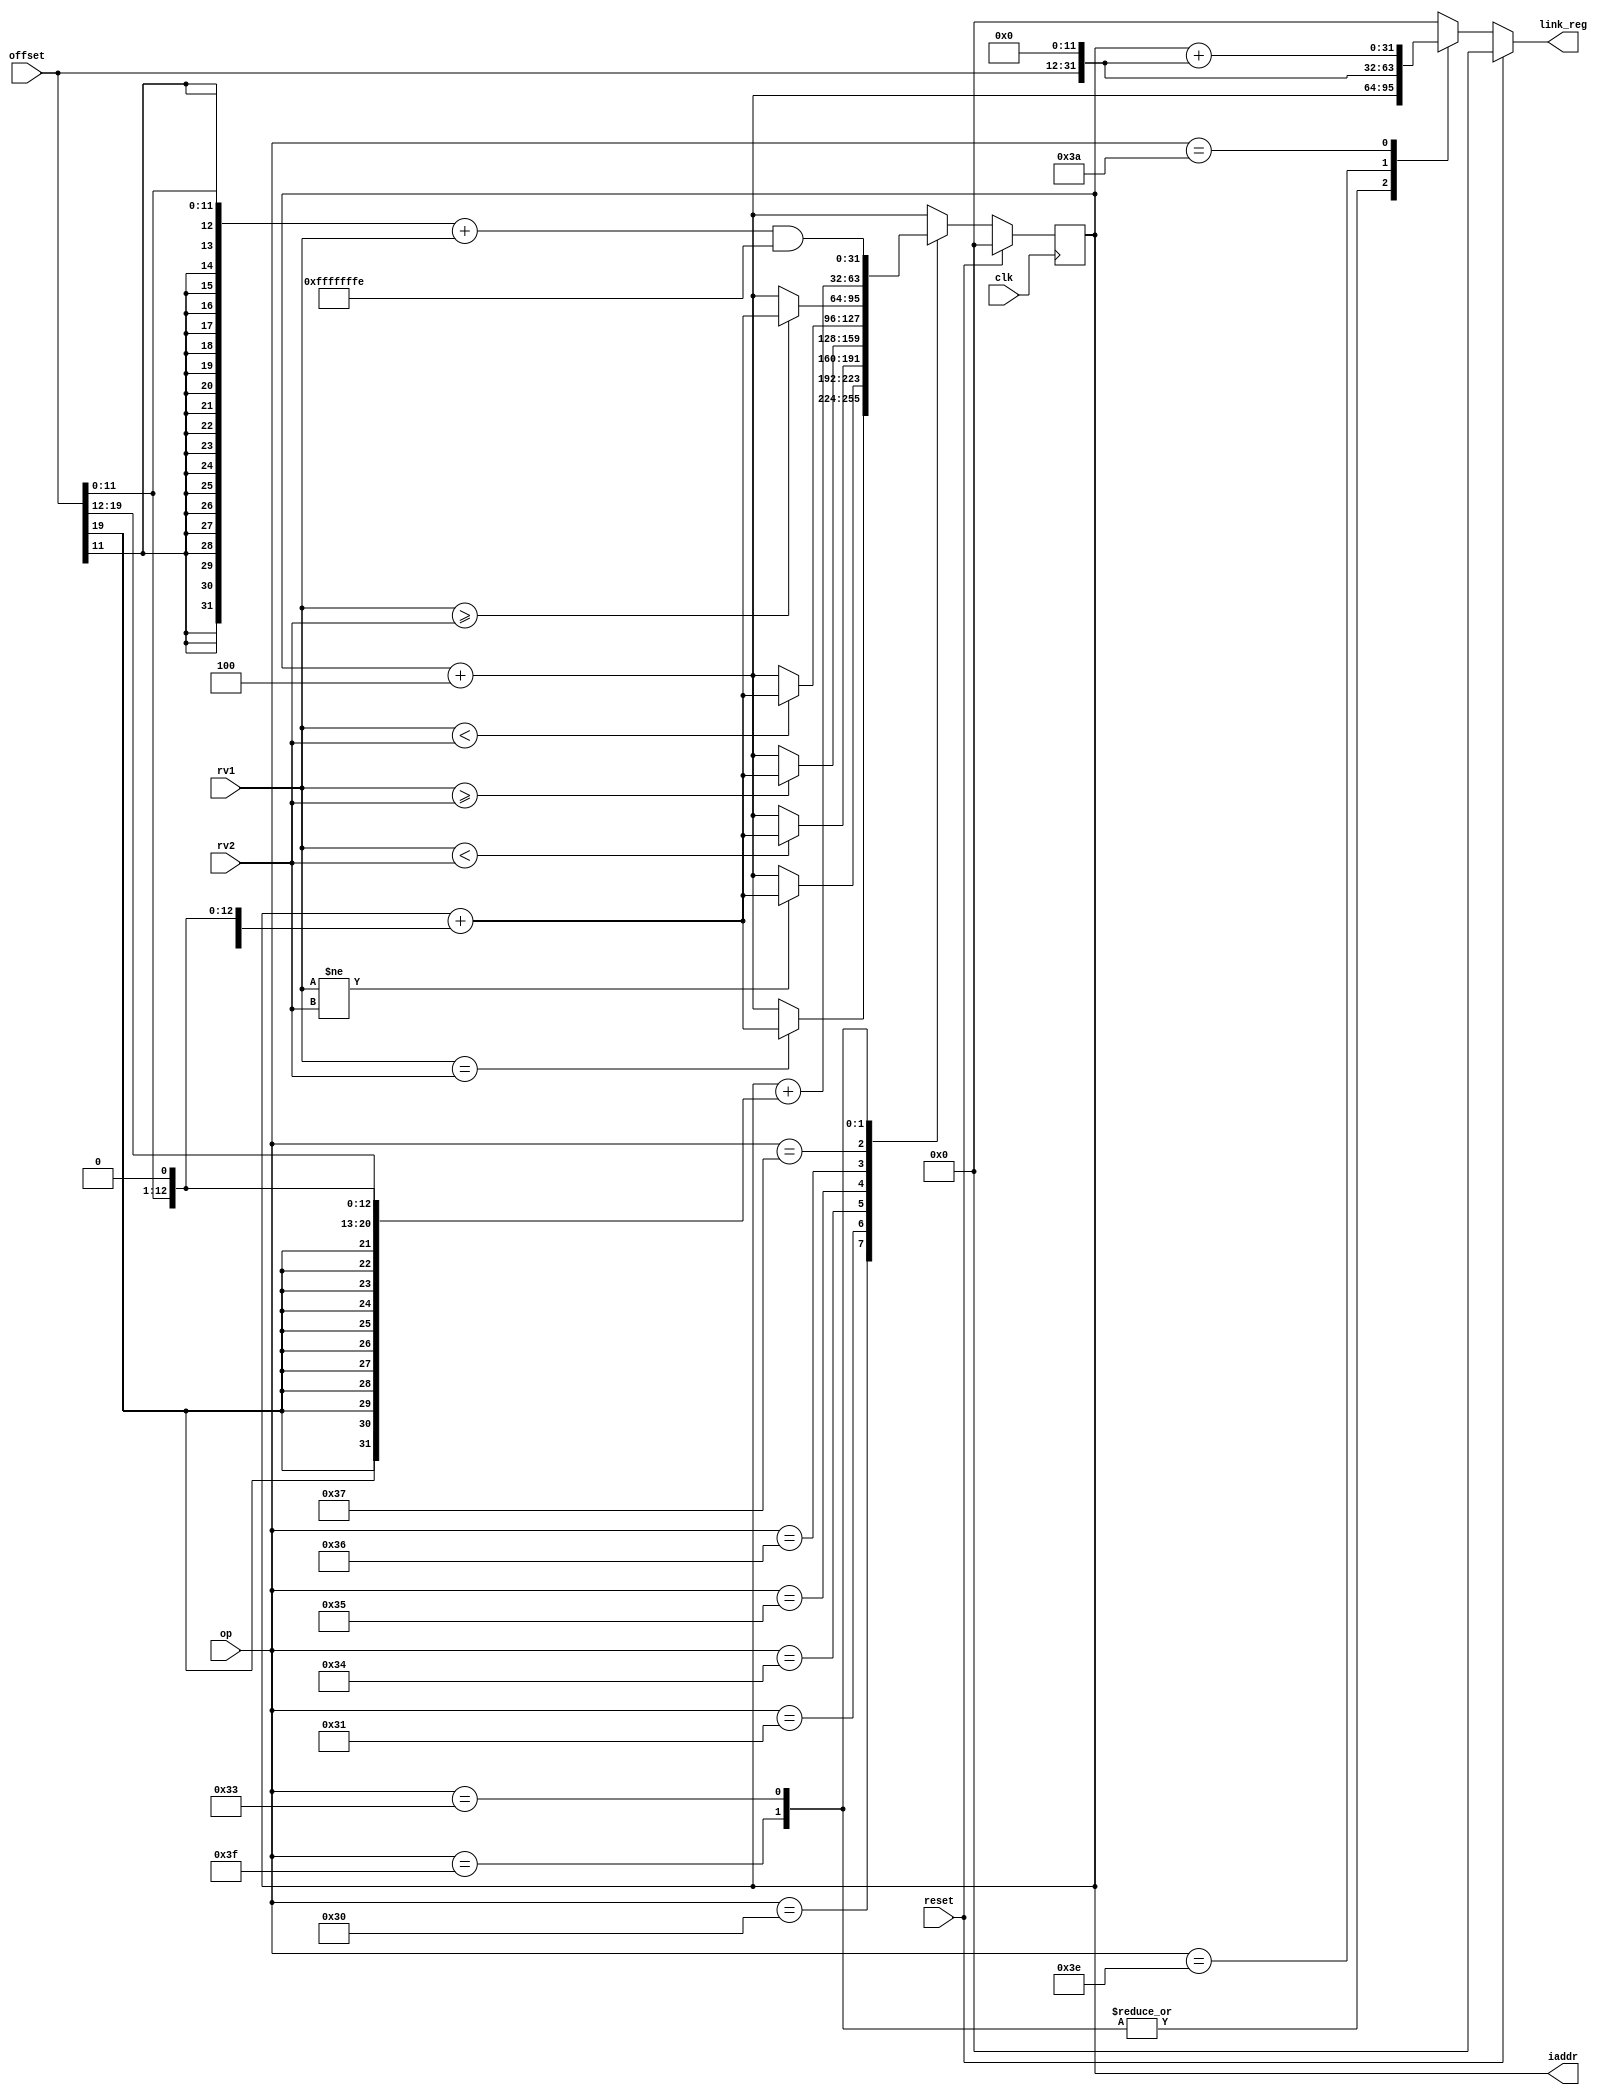
module branching(
	input clk,
	input reset,
	input [5:0] op,
	input [19:0] offset,
	input [31:0] rv1,
	input [31:0] rv2,
	output [31:0] iaddr,
	output [31:0] link_reg
);
	
	reg [31:0] iaddr;
	reg [31:0] link_reg;

    always @(posedge clk)        
    begin
        if (reset) 
        begin
            iaddr = 0;     // at reset
        end
        else

        case (op)     // new address calclated with offset (must be synchronous)
        	
        	6'h30 	:	iaddr = ((rv1 == rv2) ? (iaddr + {{19{offset[11]}},offset[11:0],1'b0}) : (iaddr + 4));        				      			  	
        	
        	6'h31	:	iaddr = ((rv1 != rv2) ? (iaddr + {{19{offset[11]}},offset[11:0],1'b0}) : (iaddr + 4));        				
     
        	6'h34	:	iaddr = (($signed(rv1) < $signed(rv2)) ? (iaddr + {{19{offset[11]}},offset[11:0],1'b0}) : (iaddr + 4));
        				
        	6'h35	:	iaddr = (($signed(rv1) >= $signed(rv2)) ? (iaddr + {{19{offset[11]}},offset[11:0],1'b0}) : (iaddr + 4));
        				
        	6'h36	:	iaddr = ((rv1 < rv2) ? (iaddr + {{19{offset[11]}},offset[11:0],1'b0}) : (iaddr + 4));
        				
        	6'h37	:	iaddr = ((rv1 >= rv2) ? (iaddr + {{19{offset[11]}},offset[11:0],1'b0}) : (iaddr + 4));
        	
        	6'h3f	: 	iaddr = iaddr + {{11{offset[19]}},offset[19:0],1'b0};
        				
        	6'h33	:	iaddr = (({{20{offset[11]}},offset[11:0]} + rv1) & 32'hfffffffe);      				
        	
        	6'h3e	:	iaddr = iaddr + 4;        				
        			
        	6'h3a	:	iaddr = iaddr + 4;
        	
        	default	:	iaddr = iaddr + 4;
        
        endcase        
    end
   
    always @(*) 
    begin
        if (reset) 
        begin
            link_reg = 0;
        end
        else

        case (op)            // link register and loading upper immediates (must be combinational)
        	
        	6'h30 	:	link_reg = 0;
        	
        	6'h31	:	link_reg = 0;
        	
        	6'h34	:	link_reg = 0;
        				
        	6'h35	:	link_reg = 0;
        				
        	6'h36	:	link_reg = 0;
        				
        	6'h37	:	link_reg = 0;  
        	
        	6'h3f	: 	link_reg = iaddr + 4;
        				
        	6'h33	:	link_reg = iaddr + 4;
        	
        	6'h3e	:	link_reg = (offset << 12);
        				
        	6'h3a	:	link_reg = iaddr + (offset << 12);
        	
        	default	:	link_reg = 0;
        
        endcase        
    end
      
endmodule